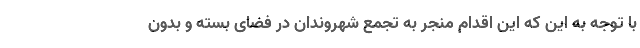
با توجه به این که این اقدام منجر به تجمع شهروندان در فضای بسته و بدون